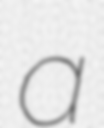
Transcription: a